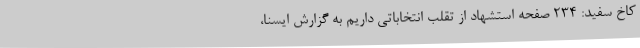
کاخ سفید: 234 صفحه استشهاد از تقلب انتخاباتی داریم به گزارش ایسنا،